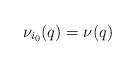
LaTeX: \begin{align*}\nu_{i_0}(q)=\nu(q)\end{align*}